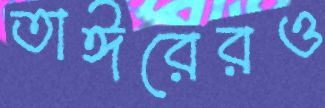
তাঈরেরও